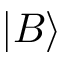
| B \rangle